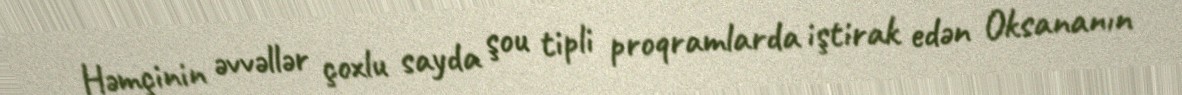
Həmçinin əvvəllər çoxlu sayda şou tipli proqramlarda iştirak edən Oksananın